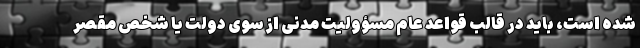
شده است، باید در قالب قواعد عام مسؤولیت مدنی از سوی دولت یا شخص مقصر